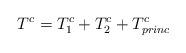
LaTeX: \begin{align*}T^c=T^c_1+T^c_2+T^c_{princ}\end{align*}